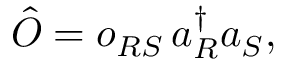
\begin{array} { r } { \hat { O } = o _ { R S } \, a _ { R } ^ { \dagger } a _ { S } , } \end{array}